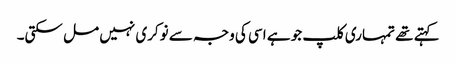
کہتے تھے تمہاری کلپ جو ہے اسی کی وجہ سے نوکری نہیں مل سکتی۔